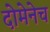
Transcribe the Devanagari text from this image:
दोमेनेच